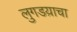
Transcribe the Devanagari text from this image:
लुगडय़ाचा